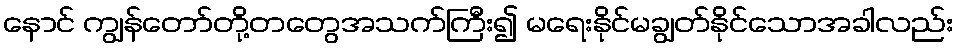
နောင် ကျွန်တော်တို့တတွေအသက်ကြီး၍ မရေးနိုင်မချွတ်နိုင်သောအခါလည်း